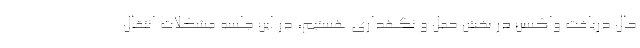
حال دریافت واکسن در بخش حمل و نگهداری هستیم، در این جلسه مشکلات انتقال